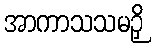
အာကာသသမဉှိ